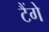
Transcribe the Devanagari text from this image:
टैंगे